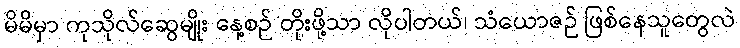
မိမိမှာ ကုသိုလ်ဆွေမျိုး နေ့စဉ် တိုးဖို့သာ လိုပါတယ်၊ သံယောဇဉ် ဖြစ်နေသူတွေလဲ